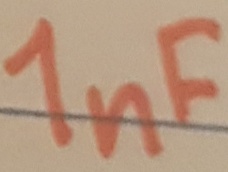
Text: 1nF